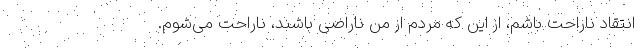
انتقاد ناراحت باشم، از این که مردم از من ناراضی باشند، ناراحت می‌شوم.